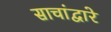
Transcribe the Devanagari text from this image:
साचांद्वारे